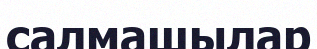
салмашылар